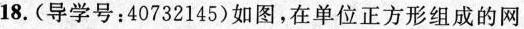
18.(导学号：40732145)如图，在单位正方形组成的网